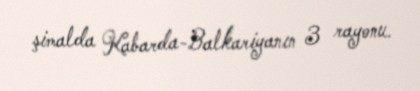
şimalda Kabarda-Balkariyanın 3 rayonu.